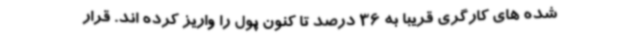
شده های کارگری قریبا به 36 درصد تا کنون پول را واریز کرده اند. قرار